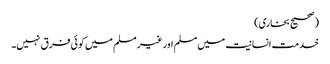
(صحیح بخاری)
خدمت انسانیت میں مسلم اور غیر مسلم میں کوئی فرق نہیں۔